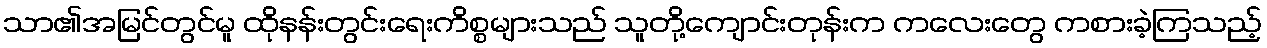
သာ၏အမြင်တွင်မူ ထိုနန်းတွင်းရေးကိစ္စများသည် သူတို့ကျောင်းတုန်းက ကလေးတွေ ကစားခဲ့ကြသည့်